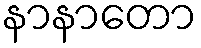
နာနာတော